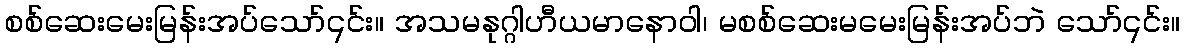
စစ်ဆေးမေးမြန်းအပ်သော်၎င်း။ အသမနုဂ္ဂါဟီယမာနောဝါ၊ မစစ်ဆေးမမေးမြန်းအပ်ဘဲ သော်၎င်း။